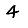
Digit: 4